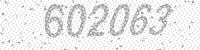
Solution: 602063